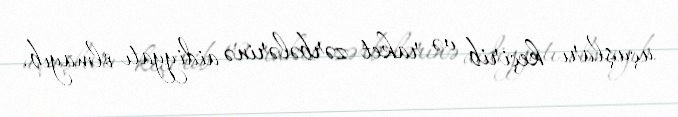
uçuşları keçirib və raket zərbələrinə aidiyyatı olmayıb.